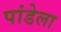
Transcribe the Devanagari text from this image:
पांडेला